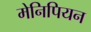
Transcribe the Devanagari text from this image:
मेनिपियन